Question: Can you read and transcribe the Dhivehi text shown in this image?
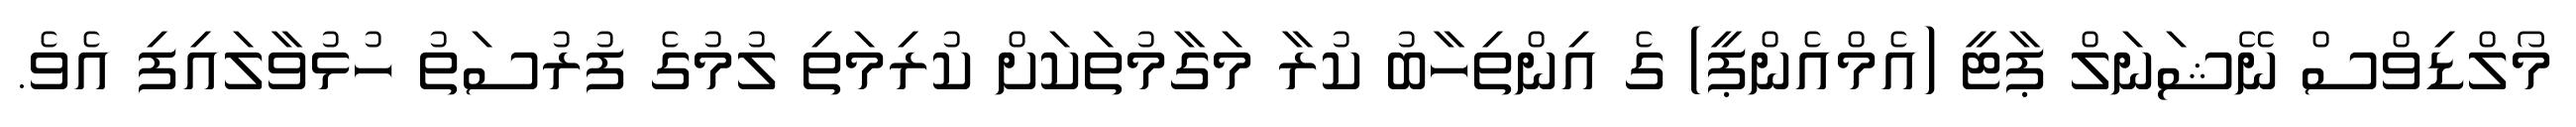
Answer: މޯލްޑިވްސް ނޭޝަނަލް ޕާޓީ (އެމްއެންޕީ) ގެ އިންތިހާބު ކުރާ މަގާމުތަކަށް ކުރިމަތި ލުމުގެ ފުރުސަތު ހުޅުވާލައިފި އެވެ.